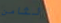
الثامن